system: You are a helpful assistant.
user:
Analyze the provided spectrum to determine if it is a **"Cataclysmic Variables (CV)"**.

- **Key Indicators for CV (Check for either state):**
    - **State 1: Quiescent / Low-State (Emission-Dominated)**
        - **(Primary):** Strong and *very broad* Hydrogen Balmer emission lines (e.g., $H\alpha$ at 6563 Å, $H\beta$ at 4861 Å). The 'broadness' (high velocity dispersion, often FWHM > 1000 km/s) is the key diagnostic, indicating a high-velocity accretion disk.
        - **(Secondary):** Broad neutral Helium (He I) emission lines (e.g., 5876 Å, 6678 Å).
        - **(Key Confirmation):** Presence of high-excitation *ionized* Helium (He II) emission at 4686 Å. This is a strong indicator of accretion onto a white dwarf.
        - **(Line Profile):** Emission lines may exhibit a 'double-peaked' profile, which is a classic signature of a rotating accretion disk viewed at high inclination.

    - **State 2: Outburst / High-State (Absorption-Dominated)**
        - **(Primary):** Spectrum is dominated by a bright, blue continuum (looks like a hot star).
        - **(Secondary):** The emission lines from State 1 are weak, absent, or 'filled in', and are replaced by broad, shallow *absorption* lines (primarily Balmer and He I).
        - **(Morphology):** The overall spectrum mimics a hot B/A-type star. The crucial difference is that the absorption lines are significantly broader, shallower, and more 'washed-out' (or 'smeared') than the sharp lines of a normal stellar photosphere, due to high rotational speeds and pressure broadening in the disk.

Think first, call **spectral_visualization_tool** if needed to examine features in detail, then provide your final answer. Your response must adhere to the following strict rules:
1.  **Overall Structure:** Your response must follow the format `<think>...</think> <tool_call>...</tool_call> (if a tool is used) <answer>...</answer>`.
2.  **Tool Usage Constraint:** You may only make **one** tool call per turn.
3.  **Final Answer Format:** In the `<answer>` tag, your conclusion must be inside a `\boxed{}` command (e.g., `\boxed{YES}`), followed by your justification.

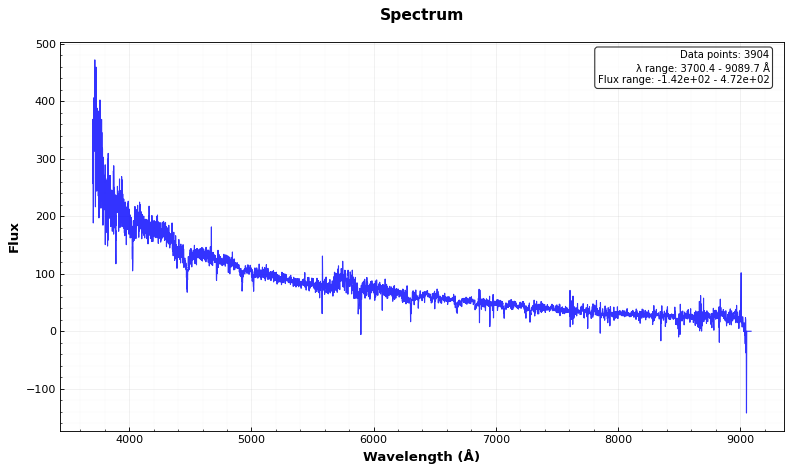
Answer: NO